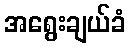
အရွေးချယ်ခံ